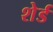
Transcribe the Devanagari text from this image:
शेर्ड